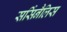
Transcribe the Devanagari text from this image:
सर्सिनैलिस